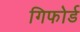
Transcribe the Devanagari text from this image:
गिफोर्ड